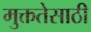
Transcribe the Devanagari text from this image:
मुक्ततेसाठी